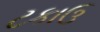
ટકાઉ